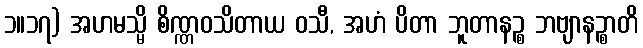
၁။၁၇) အဟမသ္မိ စိဏ္ဏဝသိတာယ ဝသီ, အဟံ ပိတာ ဘူတာနဉ္စ ဘဗျာနဉ္စာတိ